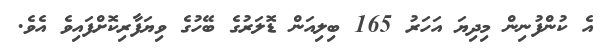
އެ ކުންފުނިން މިދިޔަ އަހަރު 165 ބިލިއަން ޑޮލަރުގެ ބޭހުގެ ވިޔަފާރިކޮށްފައިވެ އެވެ.